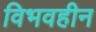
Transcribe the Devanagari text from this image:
विभवहीन